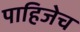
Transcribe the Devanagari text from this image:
पाहिजेच